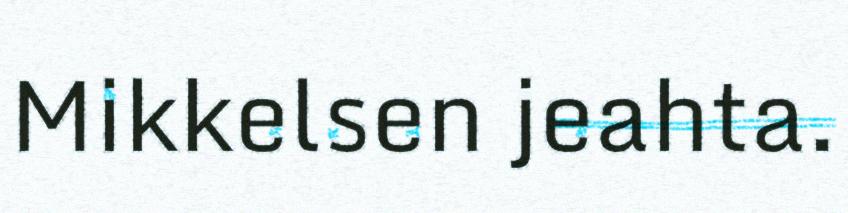
Mikkelsen jeahta.